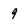
Character: 9